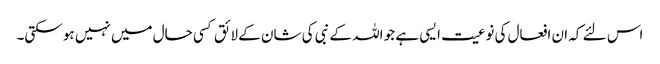
اس لئے کہ ان افعال کی نوعیت ایسی ہے جو اللہ کے نبی کی شان کے لائق کسی حال میں نہیں ہو سکتی۔